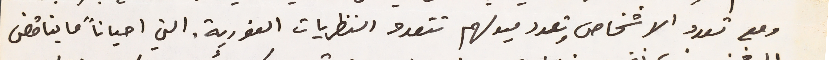
ومع تعدد الاشخاص وتعدد ميولهم تتعدد النظريات الفورية. التي احياناً ما يناقض